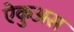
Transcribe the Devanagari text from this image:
ऐकुअस